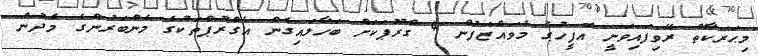
މިޙަރަކާތް ރޭވިފައިވަނީ އޮފީހުގެ މުވައްޒަފުން 4 ގްރޫޕަކަށް ބަހާލައިގެން އެގްރޫޕްތަކުގެ މެންބަރުންގެ މެދުން